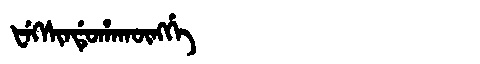
Manchu: ᡶᡝᡴᠰᡳᠨᡩᡠᡥᠠᡴᡡᠩᡤᡝ
Romanization: FEKSINDUHAKŪNGGE